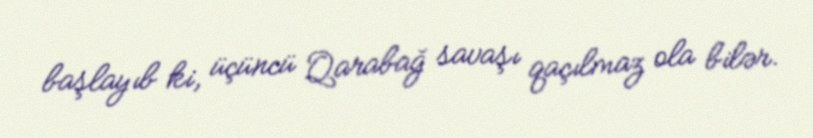
başlayıb ki, üçüncü Qarabağ savaşı qaçılmaz ola bilər.